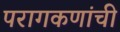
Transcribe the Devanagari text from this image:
परागकणांची